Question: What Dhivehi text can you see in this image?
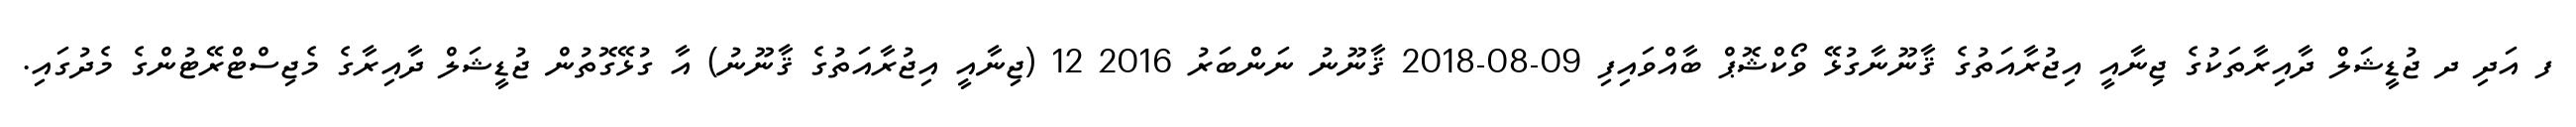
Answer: ފ އަދި ދ ޖުޑީޝަލް ދާއިރާތަކުގެ ޖިނާއީ އިޖުރާއަތުގެ ޤާނޫނާގުޅޭ ވޯކްޝޮޕް ބާއްވައިފި 09-08-2018 ޤާނޫނު ނަންބަރު 2016 12 (ޖިނާއީ އިޖުރާއަތުގެ ޤާނޫނު) އާ ގުޅޭގޮތުން ޖުޑީޝަލް ދާއިރާގެ މެޖިސްޓްރޭޓުންގެ މެދުގައި.